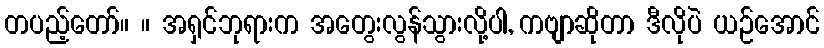
တပည့်တော်။ ။ အရှင်ဘုရားက အတွေးလွန်သွားလို့ပါ, ကဗျာဆိုတာ ဒီလိုပဲ ယဉ်အောင်